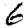
Digit: 6